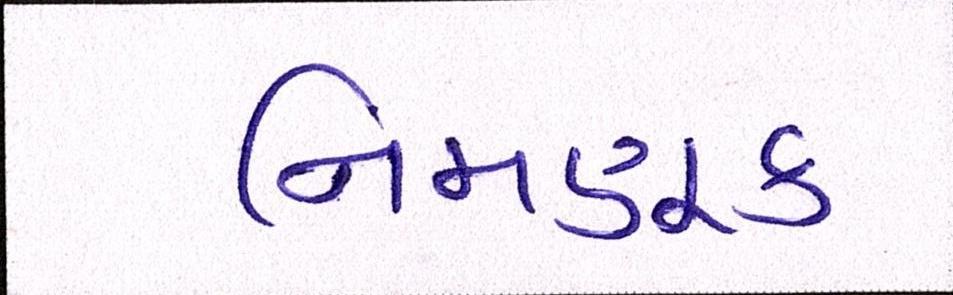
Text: નિમણૂક